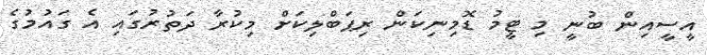
އީސީއިން ބުނީ މި ޓީމު ޑޮމިނިކަން ރިޕަބްލިކަށް މިކުރާ ދަތުރުގައި އެ ގައުމުގެ